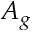
A _ { g }